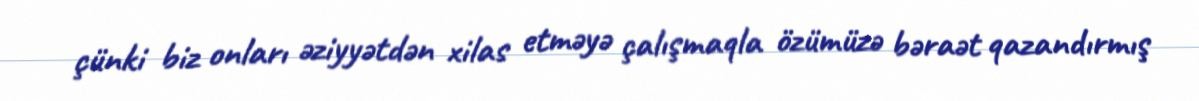
çünki biz onları əziyyətdən xilas etməyə çalışmaqla özümüzə bəraət qazandırmış